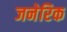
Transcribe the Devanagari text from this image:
जनेरिक